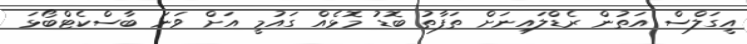
އީގަލްސް އަތުން ރެޑްލައިނަށް ތަފާތު ބޮޑު މޮޅެއް ގައުމީ އަށް ވަނަ ބާސްކެޓްބޯޅަ